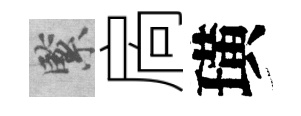
緊扄璜